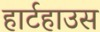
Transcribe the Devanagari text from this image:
हार्टहाउस